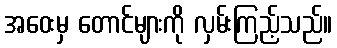
အဝေးမှ တောင်များကို လှမ်းကြည့်သည်။